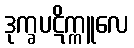
ဒုက္ခပဋိက္ကူလေ